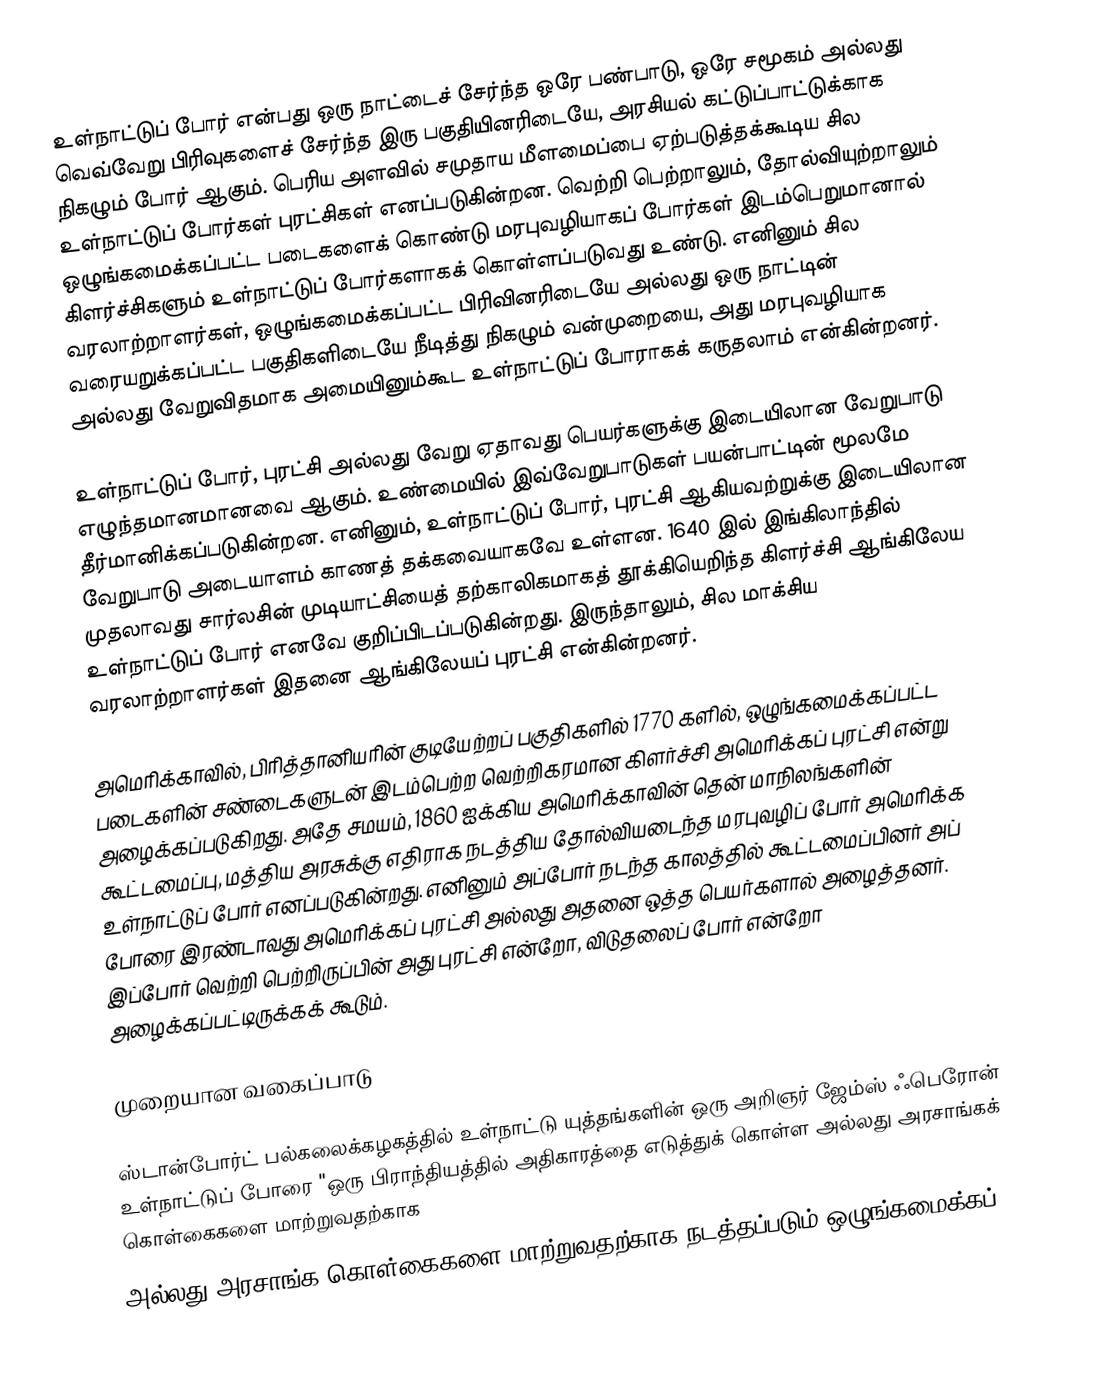
உள்நாட்டுப் போர் என்பது ஒரு நாட்டைச் சேர்ந்த ஒரே பண்பாடு, ஒரே சமூகம் அல்லது வெவ்வேறு பிரிவுகளைச் சேர்ந்த இரு பகுதியினரிடையே, அரசியல் கட்டுப்பாட்டுக்காக நிகழும் போர் ஆகும். பெரிய அளவில் சமுதாய மீளமைப்பை ஏற்படுத்தக்கூடிய சில உள்நாட்டுப் போர்கள் புரட்சிகள் எனப்படுகின்றன. வெற்றி பெற்றாலும், தோல்வியுற்றாலும் ஒழுங்கமைக்கப்பட்ட படைகளைக் கொண்டு மரபுவழியாகப் போர்கள் இடம்பெறுமானால் கிளர்ச்சிகளும் உள்நாட்டுப் போர்களாகக் கொள்ளப்படுவது உண்டு. எனினும் சில வரலாற்றாளர்கள், ஒழுங்கமைக்கப்பட்ட பிரிவினரிடையே அல்லது ஒரு நாட்டின் வரையறுக்கப்பட்ட பகுதிகளிடையே நீடித்து நிகழும் வன்முறையை, அது மரபுவழியாக அல்லது வேறுவிதமாக அமையினும்கூட உள்நாட்டுப் போராகக் கருதலாம் என்கின்றனர்.

உள்நாட்டுப் போர், புரட்சி அல்லது வேறு ஏதாவது பெயர்களுக்கு இடையிலான வேறுபாடு எழுந்தமானமானவை ஆகும். உண்மையில் இவ்வேறுபாடுகள் பயன்பாட்டின் மூலமே தீர்மானிக்கப்படுகின்றன. எனினும், உள்நாட்டுப் போர், புரட்சி ஆகியவற்றுக்கு இடையிலான வேறுபாடு அடையாளம் காணத் தக்கவையாகவே உள்ளன. 1640 இல் இங்கிலாந்தில் முதலாவது சார்லசின் முடியாட்சியைத் தற்காலிகமாகத் தூக்கியெறிந்த கிளர்ச்சி ஆங்கிலேய உள்நாட்டுப் போர் எனவே குறிப்பிடப்படுகின்றது. இருந்தாலும், சில மாக்சிய வரலாற்றாளர்கள் இதனை ஆங்கிலேயப் புரட்சி என்கின்றனர்.

அமெரிக்காவில், பிரித்தானியரின் குடியேற்றப் பகுதிகளில் 1770 களில், ஒழுங்கமைக்கப்பட்ட படைகளின் சண்டைகளுடன் இடம்பெற்ற வெற்றிகரமான கிளர்ச்சி அமெரிக்கப் புரட்சி என்று அழைக்கப்படுகிறது. அதே சமயம், 1860 ஐக்கிய அமெரிக்காவின் தென் மாநிலங்களின் கூட்டமைப்பு, மத்திய அரசுக்கு எதிராக நடத்திய தோல்வியடைந்த மரபுவழிப் போர் அமெரிக்க உள்நாட்டுப் போர் எனப்படுகின்றது. எனினும் அப்போர் நடந்த காலத்தில் கூட்டமைப்பினர் அப் போரை இரண்டாவது அமெரிக்கப் புரட்சி அல்லது அதனை ஒத்த பெயர்களால் அழைத்தனர். இப்போர் வெற்றி பெற்றிருப்பின் அது புரட்சி என்றோ, விடுதலைப் போர் என்றோ அழைக்கப்பட்டிருக்கக் கூடும்.

முறையான வகைப்பாடு

ஸ்டான்போர்ட் பல்கலைக்கழகத்தில் உள்நாட்டு யுத்தங்களின் ஒரு அறிஞர் ஜேம்ஸ் ஃபெரோன் உள்நாட்டுப் போரை "ஒரு பிராந்தியத்தில் அதிகாரத்தை எடுத்துக் கொள்ள அல்லது அரசாங்கக் கொள்கைகளை மாற்றுவதற்காக
அல்லது அரசாங்க கொள்கைகளை மாற்றுவதற்காக  நடத்தப்படும் ஒழுங்கமைக்கப்